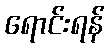
ရောင်းရန်